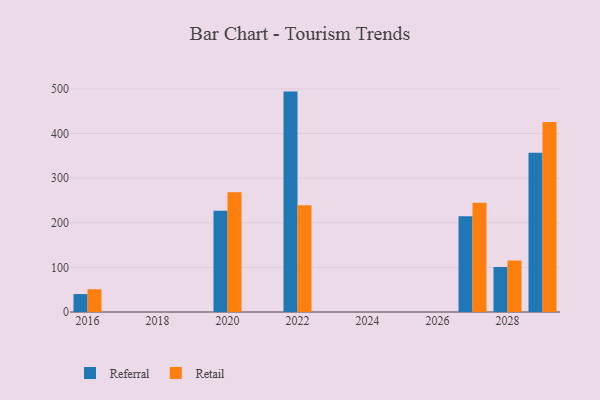
{"axis": {"x": "Year", "y": "Satisfaction Score"}, "legend": ["Referral", "Retail"], "data": [{"x": "2027", "y": 214.5, "type": "Referral"}, {"x": "2027", "y": 244.6, "type": "Retail"}, {"x": "2022", "y": 493.9, "type": "Referral"}, {"x": "2022", "y": 239.0, "type": "Retail"}, {"x": "2029", "y": 356.6, "type": "Referral"}, {"x": "2029", "y": 425.8, "type": "Retail"}, {"x": "2016", "y": 40.2, "type": "Referral"}, {"x": "2016", "y": 51.0, "type": "Retail"}, {"x": "2028", "y": 100.9, "type": "Referral"}, {"x": "2028", "y": 115.5, "type": "Retail"}, {"x": "2020", "y": 226.7, "type": "Referral"}, {"x": "2020", "y": 268.1, "type": "Retail"}]}